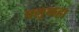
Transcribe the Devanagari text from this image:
फ्लूकहा